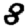
Digit: 8